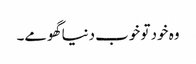
وہ خود تو خوب دنیا گھومے۔